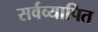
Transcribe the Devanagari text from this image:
सर्वव्यापित